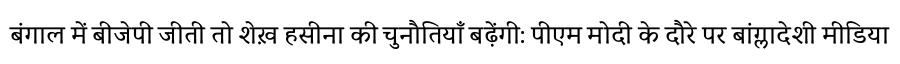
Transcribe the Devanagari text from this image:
बंगाल में बीजेपी जीती तो शेख़ हसीना की चुनौतियाँ बढ़ेंगी: पीएम मोदी के दौरे पर बांग्लादेशी मीडिया